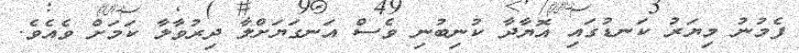
ފެމުނު މިޔަރު ކަނޑުގައި އޮޔާދާ ކުނިބުނި ވެސް އަނގަޔަށްލާ ދިރުވާލާ ކަމަށް ވެއެވެ.